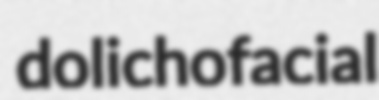
dolichofacial